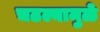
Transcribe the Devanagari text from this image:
चढल्यामुळे